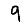
Digit: 9